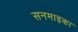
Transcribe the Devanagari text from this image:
सनमाइका